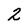
Character: 2